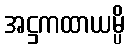
အဋ္ဌကထာယမ္ပိ